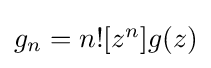
{\textstyle g_{n}=n![z^{n}]g(z)}